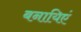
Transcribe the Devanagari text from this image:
बनायिएं